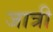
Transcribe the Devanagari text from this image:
जात्री